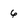
Character: 6